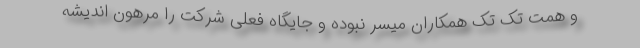
و همت تک تک همکاران میسر نبوده و جایگاه فعلی شرکت را مرهون اندیشه